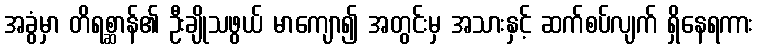
အခွံမှာ တိရစ္ဆာန်၏ ဦးချိုသဖွယ် မာကျော၍ အတွင်းမှ အသားနှင့် ဆက်စပ်လျက် ရှိနေရကား